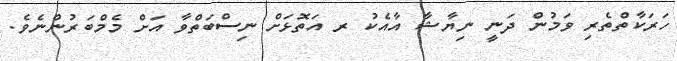
ހަރަކާތްތެރި ވަމުން ދަނީ ނިޔާޝާ އާއެކު ރ އަތޮޅަށް ނިސްބަތްވާ އަށް މެމްބަރުންނެވެ.